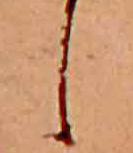
し